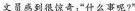
文员感到很惊奇：“什么事呢？”